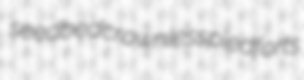
seedbed crownless piedforts